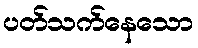
ပတ်သက်နေသော